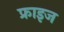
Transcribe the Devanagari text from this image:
फ्राइज